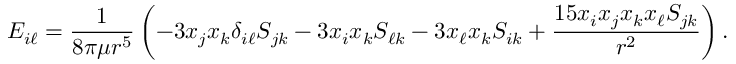
E _ { i \ell } = \frac { 1 } { 8 \pi \mu r ^ { 5 } } \left( - 3 x _ { j } x _ { k } \delta _ { i \ell } S _ { j k } - 3 x _ { i } x _ { k } S _ { \ell k } - 3 x _ { \ell } x _ { k } S _ { i k } + \frac { 1 5 x _ { i } x _ { j } x _ { k } x _ { \ell } S _ { j k } } { r ^ { 2 } } \right) .